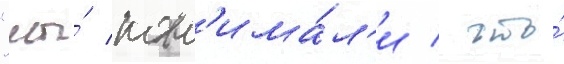
"мы́ пон'има́л'и / что́